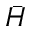
\bar { H }